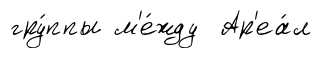
гру́ппы м'е́жду Ар'еа́л